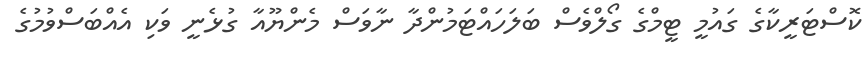
ކޮސްޓަރީކާގެ ގައުމީ ޓީމްގެ ގޯލްވެސް ބަލަހައްޓަމުންދާ ނާވަސް މެންޔޫއާ ގުޅެނީ ވަކި އެއްބަސްވުމުގެ